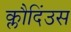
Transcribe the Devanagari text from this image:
क्लौदिंउस